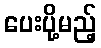
ပေးပို့မည့်